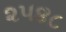
૨૫૪૮